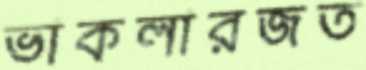
ভাকলারজত